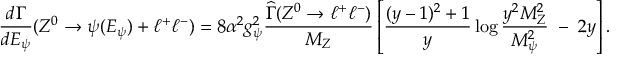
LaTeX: \frac { d \Gamma } { d E _ { \psi } } ( Z ^ { 0 } \rightarrow \psi ( E _ { \psi } ) + \ell ^ { + } \ell ^ { - } ) = 8 \alpha ^ { 2 } g _ { \psi } ^ { 2 } \frac { \widehat { \Gamma } ( Z ^ { 0 } \rightarrow \ell ^ { + } \ell ^ { - } ) } { M _ { Z } } \left[ \frac { ( y - 1 ) ^ { 2 } + 1 } { y } \log { \frac { y ^ { 2 } M _ { Z } ^ { 2 } } { M _ { \psi } ^ { 2 } } } \; - \; 2 y \right] .